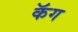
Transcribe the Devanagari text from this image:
कॅग